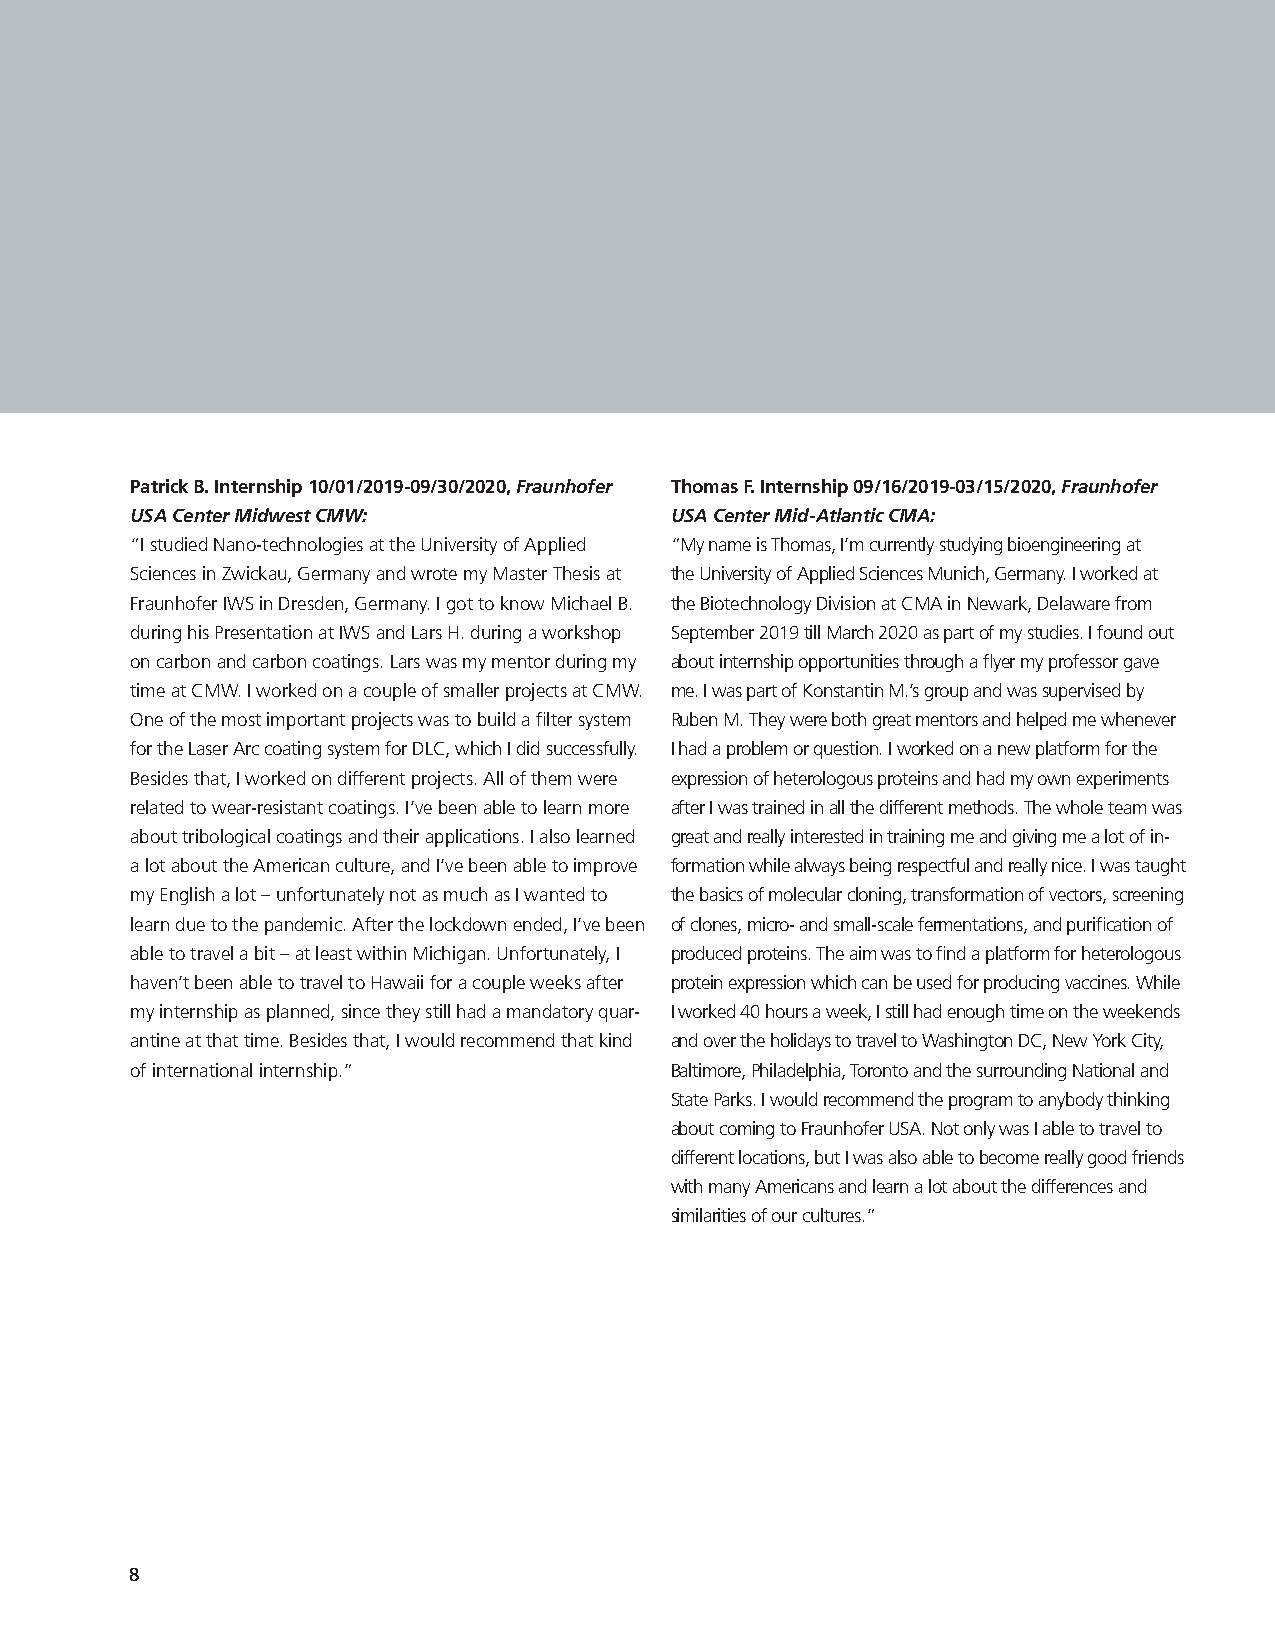
Patrick B Internship 10/01/2019-09/30/2020, Fraunhofer Thomas F Internship 09/16/2019-03/15/2020, Fraunhofer
 USA Center Midwest CMW:            USA Center Mid-Atlantic CMA:
 “I studied Nano-technologies at the University of Applied “My name is Thomas, I’m currently studying bioengineering at
 Sciences in Zwickau, Germany and wrote my Master Thesis at the University of Applied Sciences Munich, Germany. I worked at
 Fraunhofer IWS in Dresden, Germany. I got to know Michael B. the Biotechnology Division at CMA in Newark, Delaware from
 during his Presentation at IWS and Lars H. during a workshop September 2019 till March 2020 as part of my studies. I found out
 on carbon and carbon coatings. Lars was my mentor during my about internship opportunities through a flyer my professor gave
 time at CMW. I worked on a couple of smaller projects at CMW. me. I was part of Konstantin M.’s group and was supervised by
 One of the most important projects was to build a filter system Ruben M. They were both great mentors and helped me whenever
 for the Laser Arc coating system for DLC, which I did successfully. I had a problem or question. I worked on a new platform for the
 Besides that, I worked on different projects. All of them were expression of heterologous proteins and had my own experiments
 related to wear-resistant coatings. I’ve been able to learn more after I was trained in all the different methods. The whole team was
 about tribological coatings and their applications. I also learned great and really interested in training me and giving me a lot of in-
 a lot about the American culture, and I’ve been able to improve formation while always being respectful and really nice. I was taught
 my English a lot – unfortunately not as much as I wanted to the basics of molecular cloning, transformation of vectors, screening
 learn due to the pandemic. After the lockdown ended, I’ve been of clones, micro- and small-scale fermentations, and purification of
 able to travel a bit – at least within Michigan. Unfortunately, I produced proteins. The aim was to find a platform for heterologous
 haven’t been able to travel to Hawaii for a couple weeks after protein expression which can be used for producing vaccines. While
 my internship as planned, since they still had a mandatory quar- I worked 40 hours a week, I still had enough time on the weekends
 antine at that time. Besides that, I would recommend that kind and over the holidays to travel to Washington DC, New York City,
 of international internship.”      Baltimore, Philadelphia, Toronto and the surrounding National and
 State Parks. I would recommend the program to anybody thinking
 about coming to Fraunhofer USA. Not only was I able to travel to
 different locations, but I was also able to become really good friends
 with many Americans and learn a lot about the differences and
 similarities of our cultures.”
 8